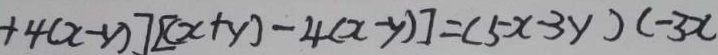
+ 4 ( x - y ) ] [ ( x + y ) - 4 ( x - y ) ] = ( 5 x - 3 y ) ( - 3 x